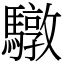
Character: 驐